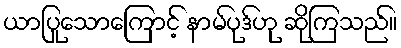
ယာပြုသောကြောင့် နာမ်ပုဒ်ဟု ဆိုကြသည်။